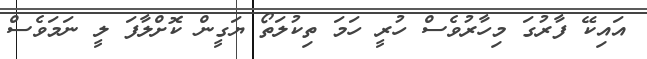
އައިކޭ ފާރުގަ މިހާރުވެސް ހުރީ ހަމަ ތިކުލަތޯ ޔަގީން ކޮށްލާފަ ލީ ނަމަވެސް